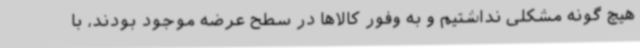
هیچ گونه مشکلی نداشتیم و به وفور کالاها در سطح عرضه موجود بودند، با